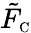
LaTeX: \tilde{F}_{\scriptscriptstyle\mathrm{C}}